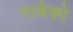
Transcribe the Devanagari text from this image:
पाचेको